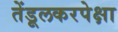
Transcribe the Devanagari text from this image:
तेंडूलकरपेक्षा